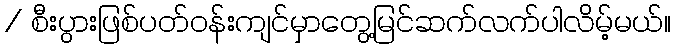
/ စီးပွားဖြစ်ပတ်ဝန်းကျင်မှာတွေ့မြင်ဆက်လက်ပါလိမ့်မယ်။